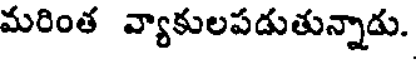
మరింత వ్యాకులపడుతున్నాడు.